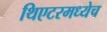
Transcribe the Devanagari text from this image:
थिएटरमध्येच